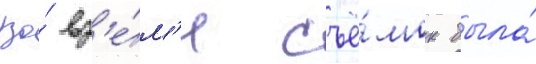
Во́ вр'е́м'я съё́мок была́